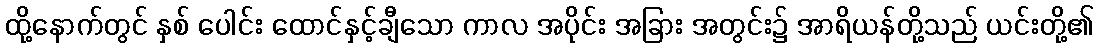
ထို့နောက်တွင် နှစ် ပေါင်း ထောင်နှင့်ချီသော ကာလ အပိုင်း အခြား အတွင်း၌ အာရိယန်တို့သည် ယင်းတို့၏